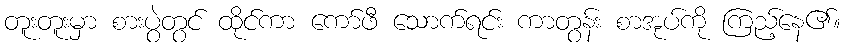
တူးတူးမှာ စားပွဲတွင် ထိုင်ကာ ကော်ဖီ သောက်ရင်း ကာတွန်း စာအုပ်ကို ကြည့်နေ၏။